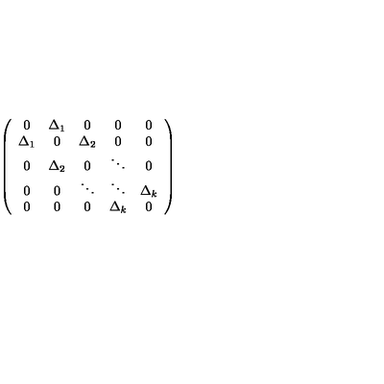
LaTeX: \left( \begin{array} { c c c c c } { 0 } & { \Delta _ { 1 } } & { 0 } & { 0 } & { 0 } \\ { \Delta _ { 1 } } & { 0 } & { \Delta _ { 2 } } & { 0 } & { 0 } \\ { 0 } & { \Delta _ { 2 } } & { 0 } & { \ddots } & { 0 } \\ { 0 } & { 0 } & { \ddots } & { \ddots } & { \Delta _ { k } } \\ { 0 } & { 0 } & { 0 } & { \Delta _ { k } } & { 0 } \\ \end{array} \right)